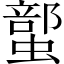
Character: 𲀇